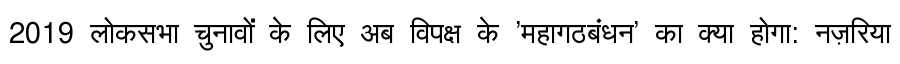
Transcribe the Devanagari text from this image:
2019 लोकसभा चुनावों के लिए अब विपक्ष के 'महागठबंधन' का क्या होगा: नज़रिया